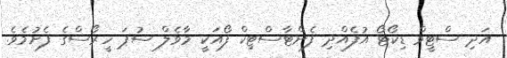
އަދި ސްޓީވް ޑިކޯޓޯ އުފެއްދި ފެންޓާސްޓިކް ފޯއަކީ މާވެލް ސުޕަ ހީރޯސްގެ ފެށުމެވެ.